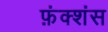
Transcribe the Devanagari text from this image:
फ़ंक्शंस